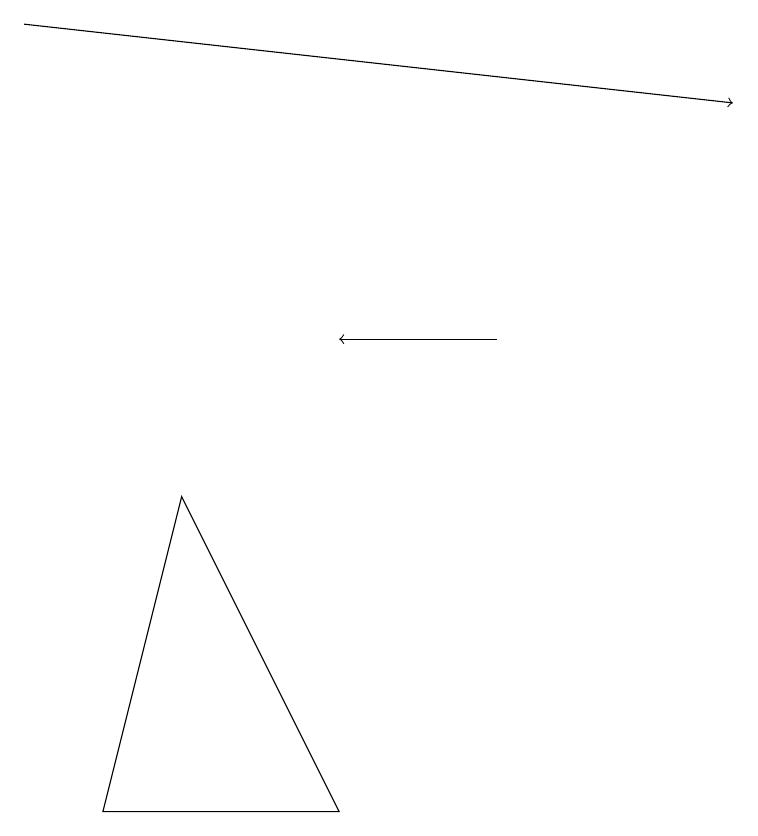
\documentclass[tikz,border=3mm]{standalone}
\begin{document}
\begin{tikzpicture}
\draw (1,4) -- (2,8) -- (4,4) -- cycle;
\draw[->] (6,10) -- (4,10);
\draw[->] (0,14) -- (9,13);
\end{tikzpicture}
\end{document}